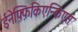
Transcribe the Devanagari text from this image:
ईनेफ़्फ़िकिएन्किएस